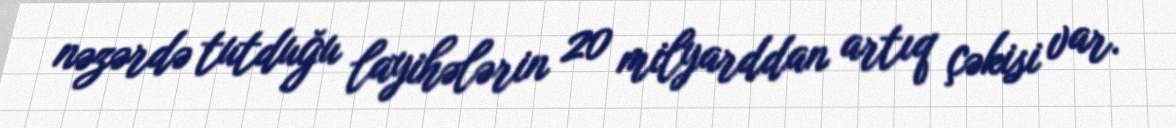
nəzərdə tutduğu layihələrin 20 milyarddan artıq çəkisi var.